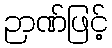
ဉာဏ်ဖြင့်